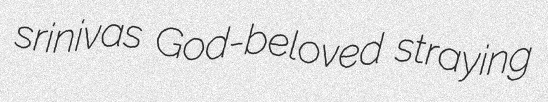
srinivas God-beloved straying